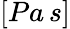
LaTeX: [Pa\, s]